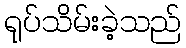
ရုပ်သိမ်းခဲ့သည်